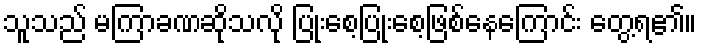
သူသည် မကြာခဏဆိုသလို ပြုံးစေ့ပြုံးစေ့ဖြစ်နေကြောင်း တွေ့ရ၏။